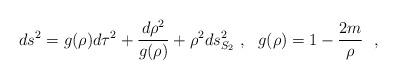
\begin{align*}ds^2=g(\rho )d\tau^2+{d\rho^2\over g(\rho )}+\rho^2 ds^2_{S_2}~, ~~g(\rho )=1-{2m\over \rho }~~,\end{align*}